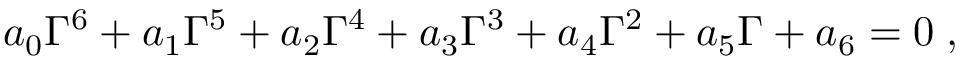
a _ { 0 } \Gamma ^ { 6 } + a _ { 1 } \Gamma ^ { 5 } + a _ { 2 } \Gamma ^ { 4 } + a _ { 3 } \Gamma ^ { 3 } + a _ { 4 } \Gamma ^ { 2 } + a _ { 5 } \Gamma + a _ { 6 } = 0 \; ,